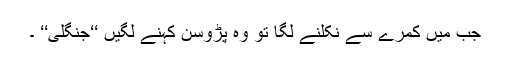
جب میں کمرے سے نکلنے لگا تو وہ پڑوسن کہنے لگیں ‘‘جنگلی‘‘ ۔